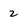
Character: 2